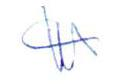
W